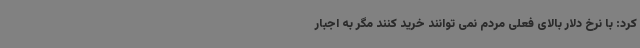
کرد: با نرخ دلار بالای فعلی مردم نمی توانند خرید کنند مگر به اجبار